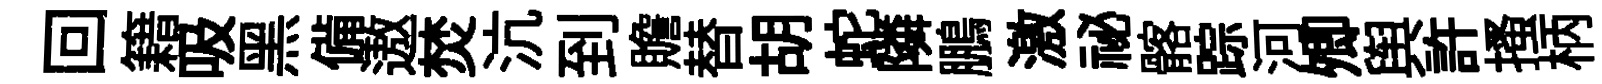
回籍吸黑備遨焚沆到贍替胡蛇隣鵬激祕髂踪河𡖖舆許搔柄